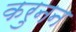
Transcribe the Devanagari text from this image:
करुनन